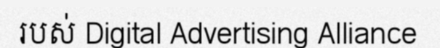
របស់ Digital Advertising Alliance